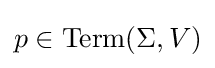
p\in \mathrm {Term} (\Sigma ,V)